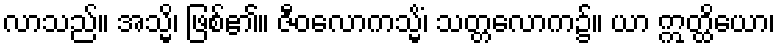
လာသည်။ အသ္မိ၊ ဖြစ်၏။ ဇီဝလောကသ္မိံ၊ သတ္တလောက၌။ ယာ ဣတ္ထိယော၊